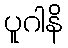
ပူဂါနိ